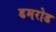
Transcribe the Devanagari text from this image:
डमरोड